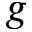
g